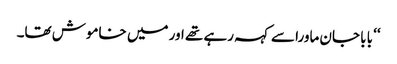
‘‘ بابا جان ماورا سے کہہ رہے تھے اور میں خاموش تھا۔